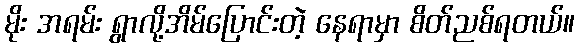
မိုး အရမ်း ရွာလို့အိမ်ပြောင်းတဲ့ နေရာမှာ စိတ်ညစ်ရတယ်။